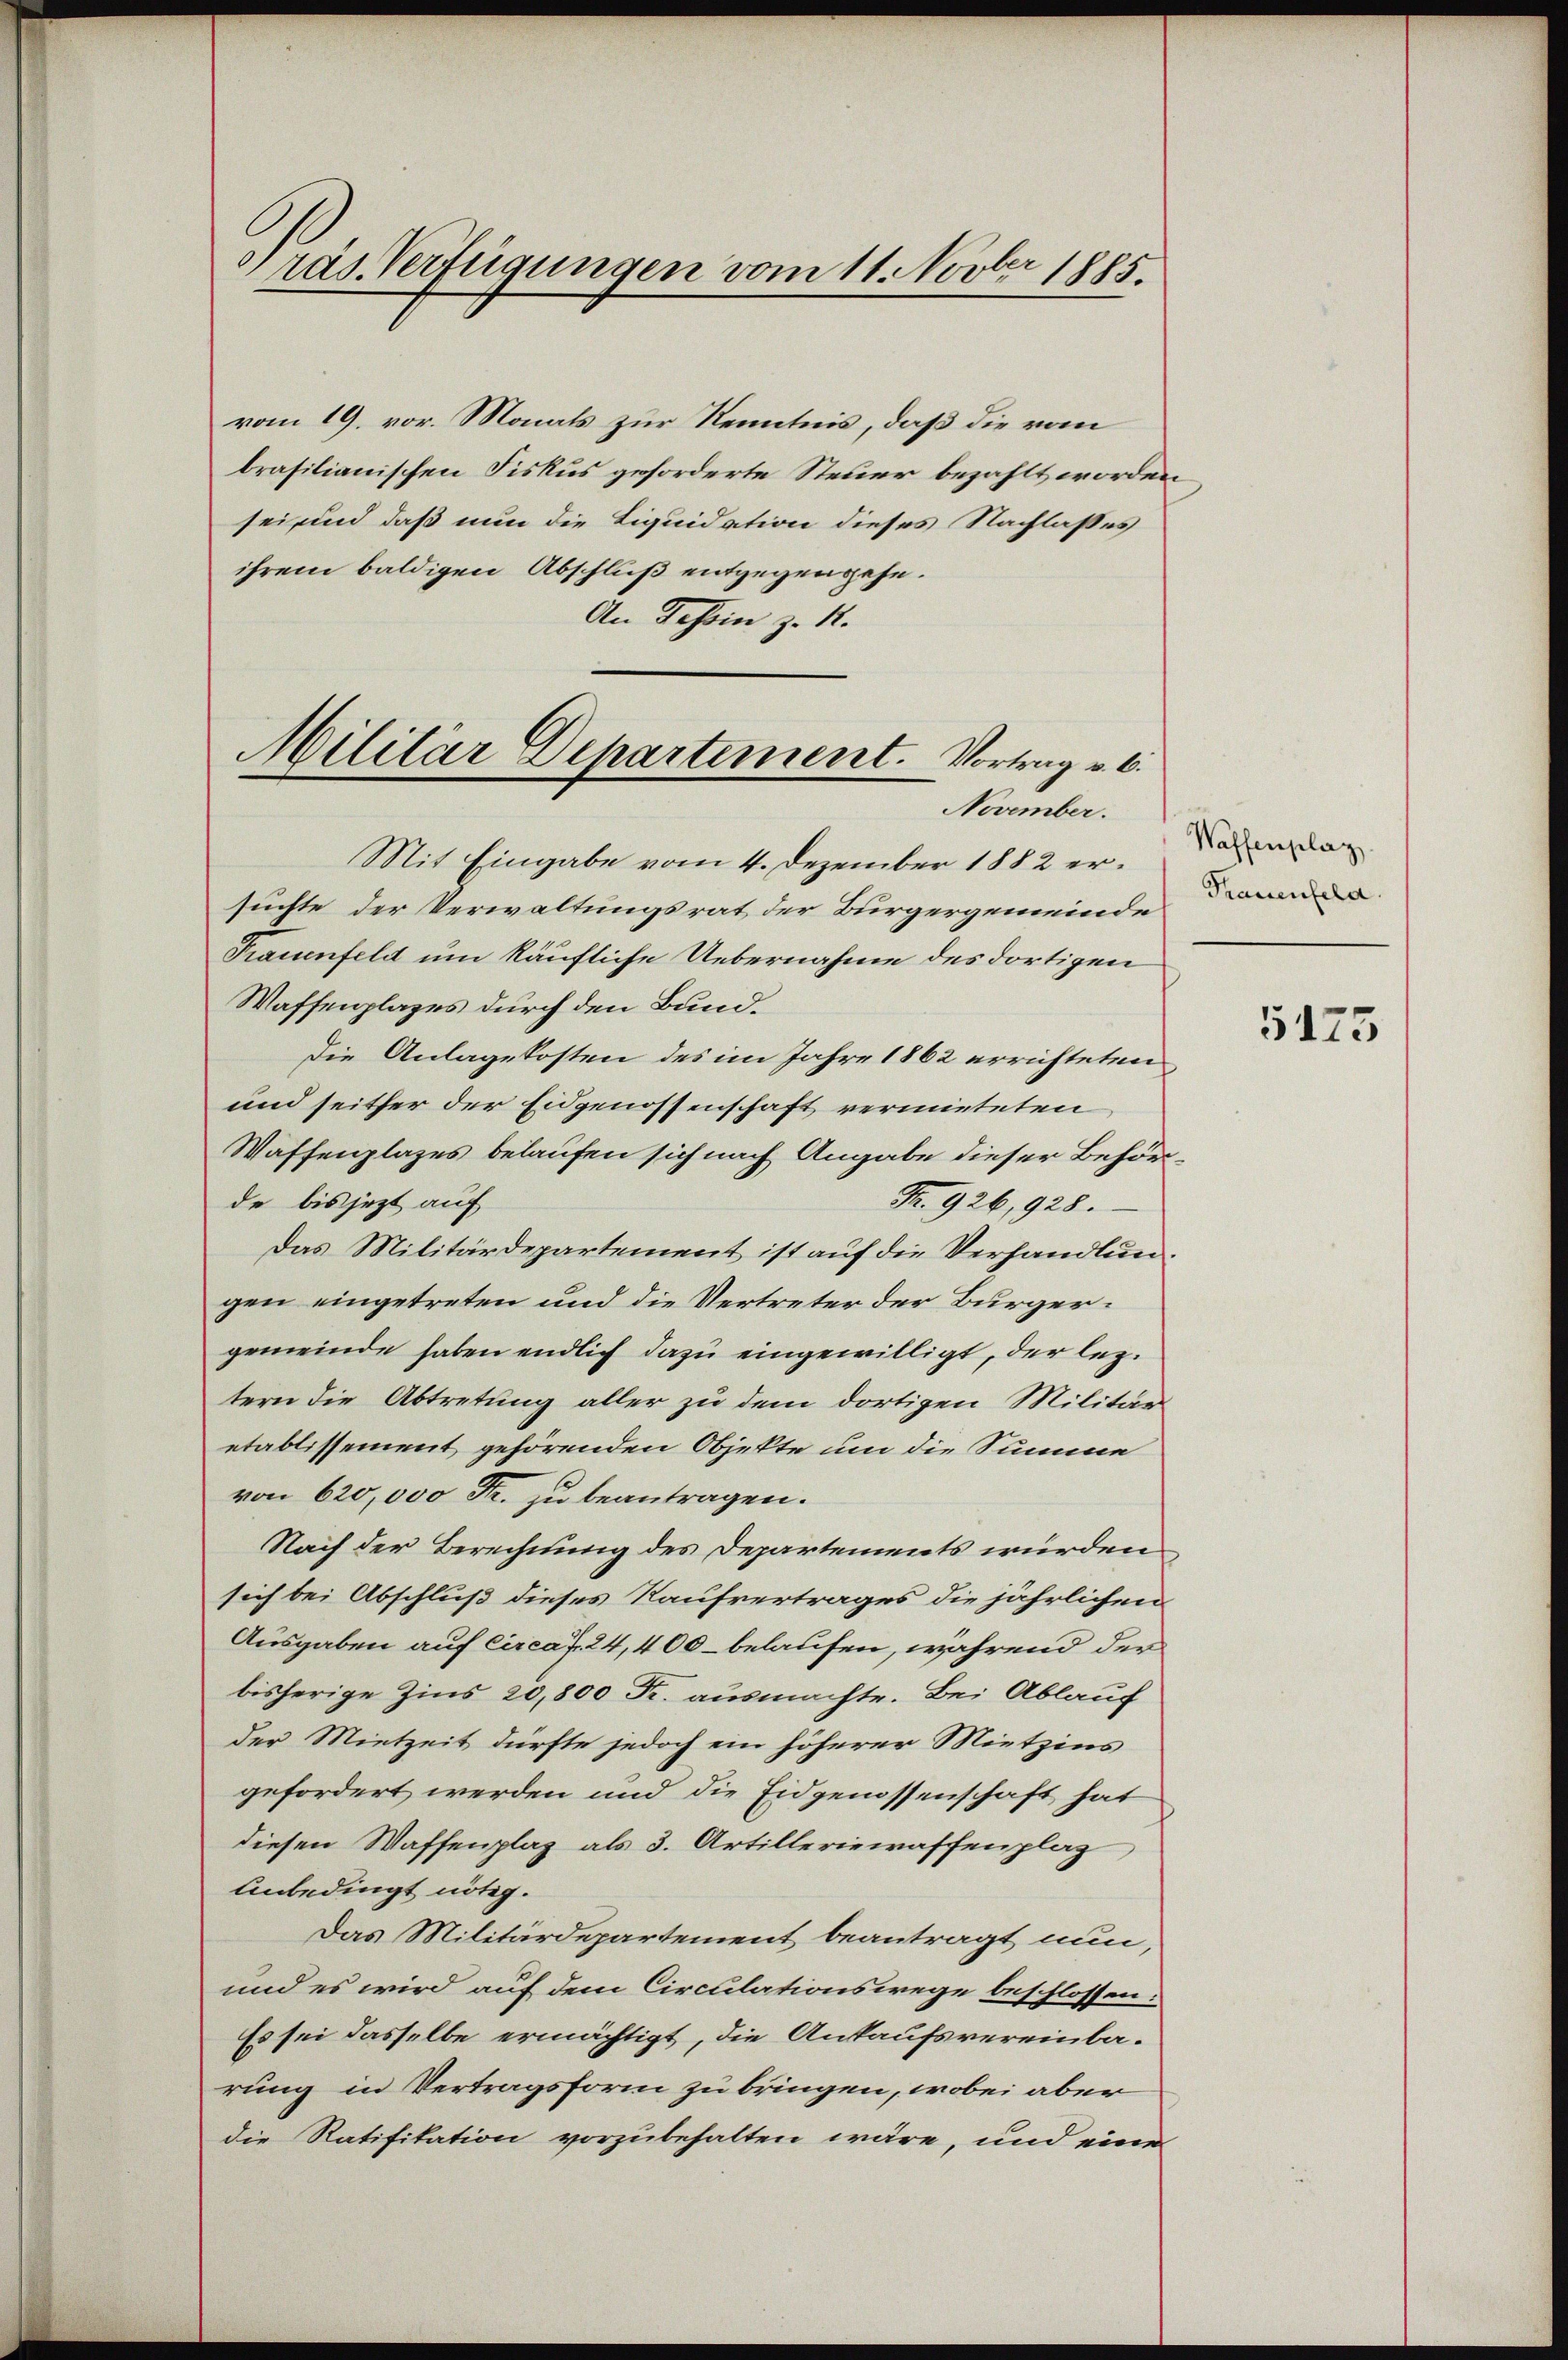
Präs. Verfügungen vom 11. Novber 1885.

vom 19. vor. Monats zur Kenntnis, daß die vom
brasilianischen Fiskus geforderte Steuer bezahlt worden
sei und daß nun die Liquidation dieses Nachlasses
ihrem baldigen Abschluß entgegengehe.
An Tessin zu 12.

Militär Departement. Vortrag v. 6.

November.
Mit Eingabe vom 4. Dezember 1882 ersuchte der Verwaltungsrat der Bürgergemeinde
Frauenfeld um käufliche Uebernahme des dortigen
Waffenplages durch den Bund.
Die Anlagekosten des im Jahre 1862 errichteten
und seither der Eidgenossenschaft vermieteten
Waffenplazes belaufen sich nach Angabe dieser Behörde bis jezt auf
Fr. 926, 928.
Das Militärdepartement ist auf die Verhandlungen eingetreten und die Vertreter der Bürgergemeinde haben endlich dazu eingewilligt, der leztern die Abtretung aller zu dem dortigen Militär
etablissement gehörenden Objekte um die Summe
von 620,000 Fr. zu beantragen.
Nach der Berechnung des Departements würden
sich bei Abschluß dieses Kaufvertrages die jährlichen
Ausgaben auf Circa f. 24,400 belaufen, während der
bisherige Zins 20,800 Fr. ausmachte. Bei Ablauf
der Mietzeit dürfte jedoch ein höherer Mietzins
gefordert werden und die Eidgenossenschaft hat
diesen Waffenplaz als 3. Artilleriewaffenplaz,
Unbedingt nötig.
Das Militärdepartement beantragt nun,
und es wird auf dem Circulationswege beschlossen:
Es sei dasselbe ermächtigt, die Ankaufsvereinba-
rung in Vertragsform zu bringen, wobei aber
die Ratifikation vorzubehalten wäre, und eine

Waffenplag
Trauenfeld.

5175